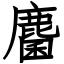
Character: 麕